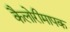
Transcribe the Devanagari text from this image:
कैलोरीमापक